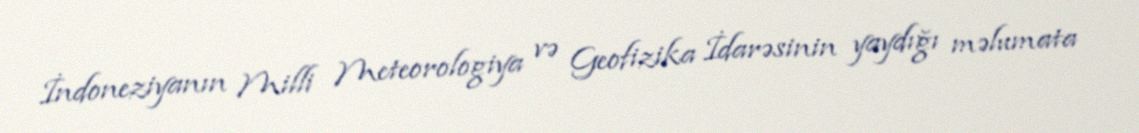
İndoneziyanın Milli Meteorologiya və Geofizika İdarəsinin yaydığı məlumata